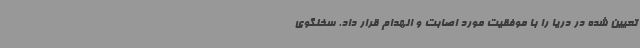
تعیین شده در دریا را با موفقیت مورد اصابت و انهدام قرار داد. سخنگوی